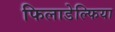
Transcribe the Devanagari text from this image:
फिलाडेल्‍फिया